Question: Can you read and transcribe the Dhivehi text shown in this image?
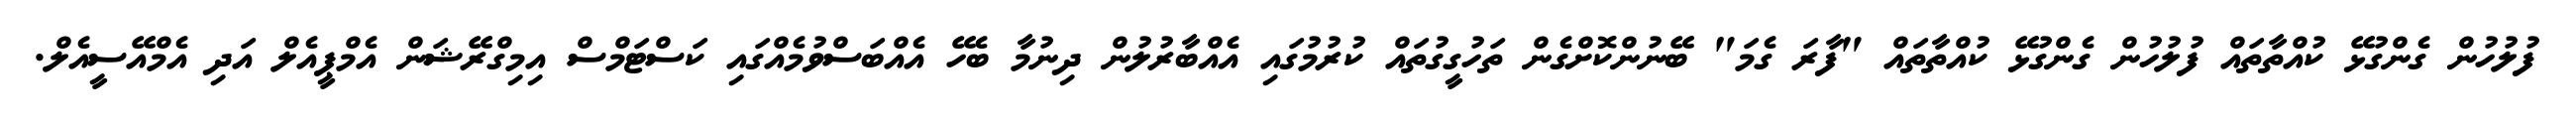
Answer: ފުލުހުން ގެންގުޅޭ ކުއްތާތައް ފުލުހުން ގެންގުޅޭ ކުއްތާތައް "ފާރަ ގެމަ" ބޭނުންކޮށްގެން ތަހުގީގުތައް ކުރުމުގައި އެއްބާރުލުން ދިނުމާ ބެހޭ އެއްބަސްވުމެއްގައި ކަސްޓަމްސް އިމިގްރޭޝަން އެމްޕީއެލް އަދި އެމްއޭސީއެލް.